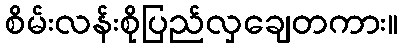
စိမ်းလန်းစိုပြည်လှချေတကား။